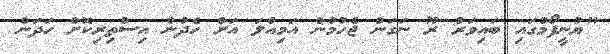
"ޔުނީފޯމުގައި ބައިވަރު ރޫ ނަގަން ޖެހުމުން އަމިއްލަ އަށް ހެދުން އިސްތިރިކޮށް ހަދަން